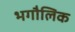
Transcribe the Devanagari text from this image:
भगौलिक